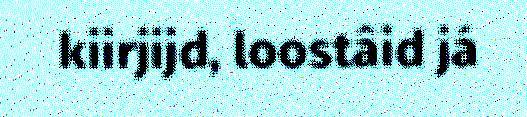
kiirjijd, loostâid já